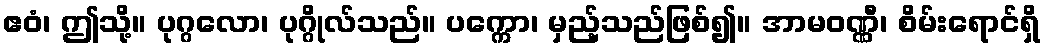
ဧဝံ၊ ဤသို့။ ပုဂ္ဂလော၊ ပုဂ္ဂိုလ်သည်။ ပက္ကော၊ မှည့်သည်ဖြစ်၍။ အာမဝဏ္ဏီ၊ စိမ်းရောင်ရှိ